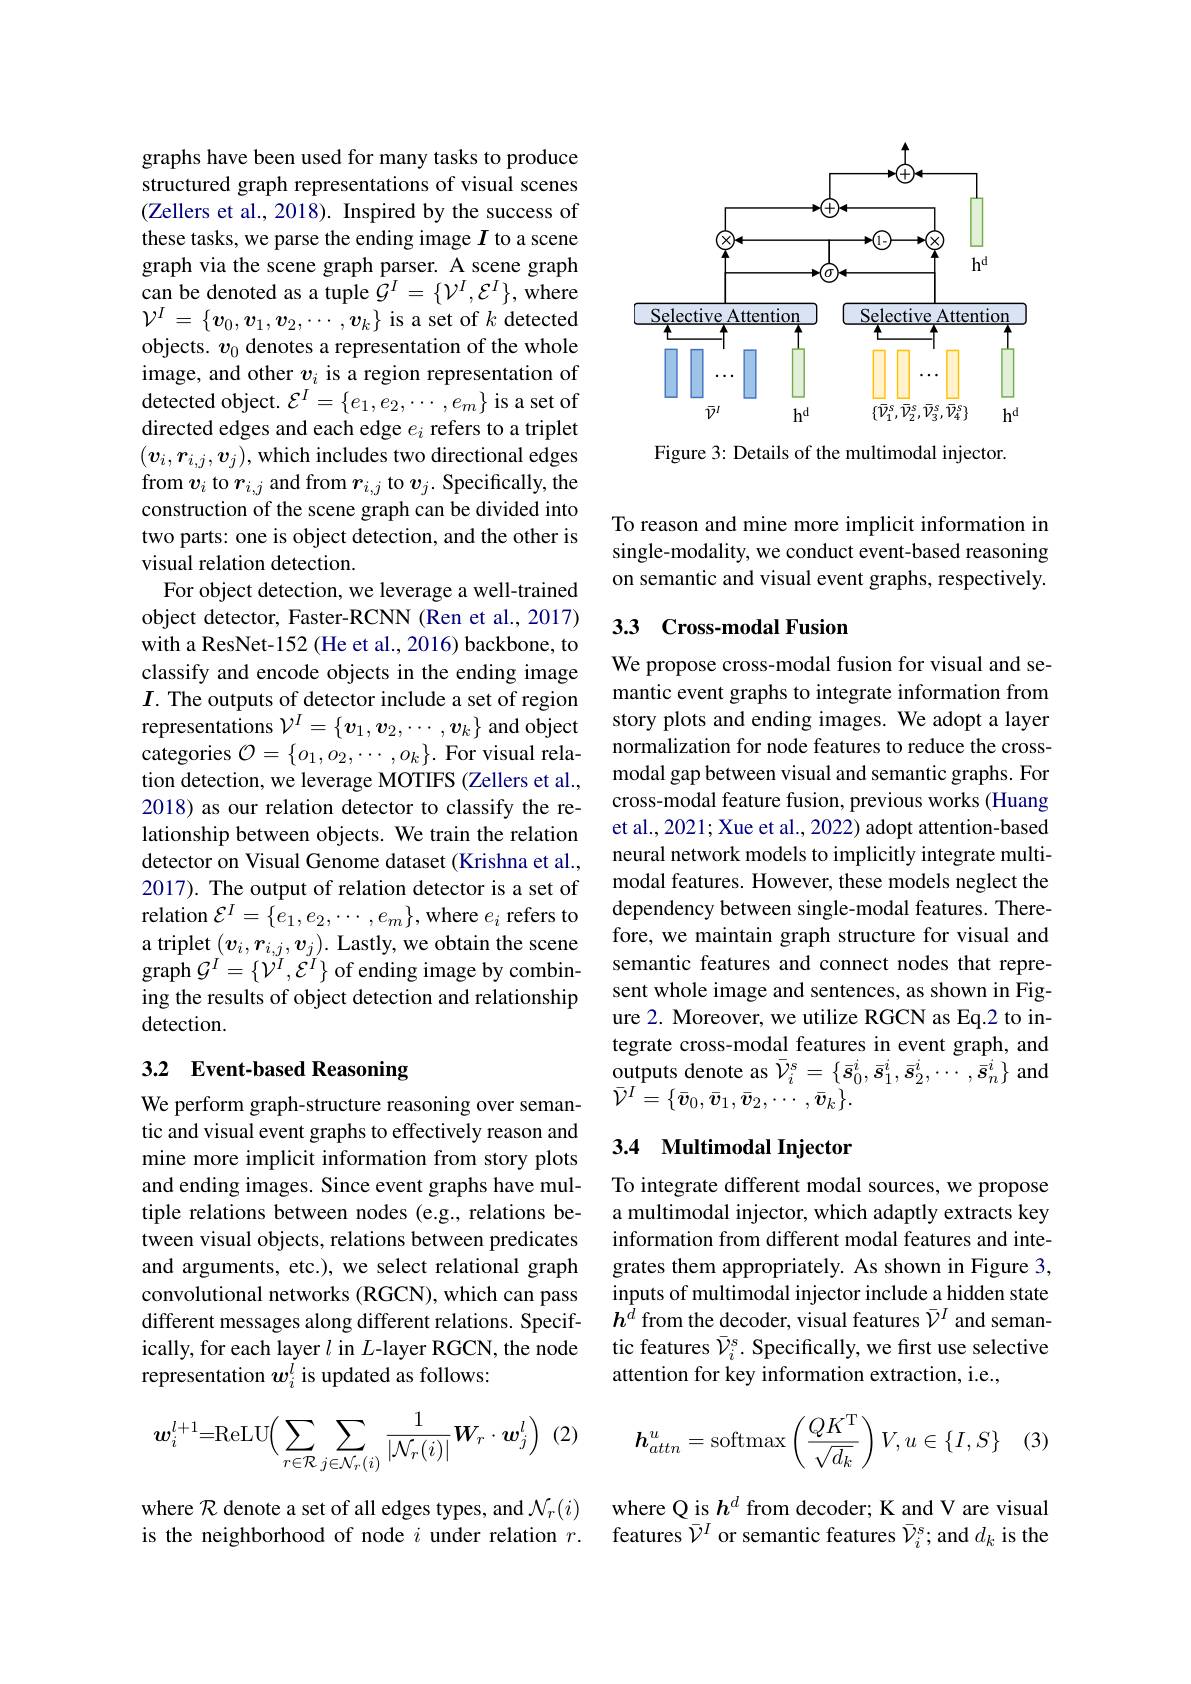
<FigureHere>

Figure 3: Details of the multimodal injector.

graphs have been used for many tasks to produce structured graph representations of visual scenes (Zellers et al., 2018). Inspired by the success of these tasks, we parse the ending image $I$ to a scene graph via the scene graph parser. A scene graph can be denoted as a tuple $\hat{\mathcal{G}}^I=\{\mathcal{V}^I,\mathcal{E}^I\}$, where $\mathcal{V}^I=\{\boldsymbol{v}_0,\boldsymbol{v}_1,\boldsymbol{v}_2,\cdots,\boldsymbol{v}_k\}$ is a set of $k$ detected objects. $v_0$ denotes a representation of the whole image, and other $v_i$ is a region representation of ${\mathrm{detected~object.~}\mathcal{E}^{I}}=\{e_{1},e_{2},\cdots,e_{m}\}{\mathrm{~is~a~set~of}}$ directed edges and each edge $e_i$ refers to a triplet $(\boldsymbol{v}_i,\boldsymbol{r}_{i,j},\boldsymbol{v}_j)$,which includes two directional edges from $v_i$ to $r_{i,j}$ and from $r_i,j$ to $v_j.$ Specifically, the construction of the scene graph can be divided into two parts: one is object detection, and the other is visual relation detection.
For object detection, we leverage a well-trained object detector, Faster-RCNN (Ren et al., 2017) with a ResNet-152 (He et al., 2016) backbone, to classify and encode objects in the ending image $I$. The outputs of detector include a set of region representations $\mathcal{V}^I=\{v_1,v_2,\cdots,v_k\}$ and object categories $\mathcal{O}=\{o_1,o_2,\cdots,o_k\}.$ For visual relation detection, we leverage MOTIFS (Zellers et al., 2018) as our relation detector to classify the relationship between objects. We train the relation detector on Visual Genome dataset (Krishna et al., 2017). The output of relation detector is a set of relation $\mathcal{E}^I=\{e_1,e_2,\cdots,e_m\}$,where $e_i$ refers to a triplet $(\boldsymbol v_i,\boldsymbol r_{i,j},\boldsymbol v_j).$ Lastly, we obtain the scene graph $\mathcal{G}^I=\{\mathcal{V}^{I},\mathcal{E}^{I}\}$ of ending image by combining the results of object detection and relationship detection.
3.2 Event-based Reasoning

We perform graph-structure reasoning over semantic and visual event graphs to effectively reason and mine more implicit information from story plots and ending images. Since event graphs have multiple relations between nodes (e.g., relations between visual objects, relations between predicates and arguments, etc.), we select relational graph convolutional networks (RGCN), which can pass different messages along different relations. Specifically, for each layer $l$ in $L$-layer RGCN, the node representation $w_i^i$ is updated as follows:
$$\boldsymbol{w}_{i}^{l+1}=\mathrm{ReLU}\Big(\sum_{r\in\mathcal{R}}\sum_{j\in\mathcal{N}_{r}(i)}\frac{1}{|\mathcal{N}_{r}(i)|}\boldsymbol{W}_{r}\cdot\boldsymbol{w}_{j}^{l}\Big)\:(2)\quad\boldsymbol{h}_{attn}^{u}=\mathrm{softmax}\left(\frac{QK^{\mathrm{T}}}{\sqrt{d_{k}}}\right)V,u\in\{I,S\}$$
where $\mathcal{R}$ denote a set of all edges types, and $\mathcal{N}_r(i)$ is the neighborhood of node $i$ under relation $r.$

To reason and mine more implicit information in single-modality, we conduct event-based reasoning on semantic and visual event graphs, respectively.

## 3.3 Cross-modal Fusion

We propose cross-modal fusion for visual and semantic event graphs to integrate information from story plots and ending images. We adopt a layer normalization for node features to reduce the crossmodal gap between visual and semantic graphs. For cross-modal feature fusion, previous works (Huang et al., 2021; Xue et al., 2022) adopt attention-based neural network models to implicitly integrate multimodal features. However, these models neglect the dependency between single-modal features. Therefore, we maintain graph structure for visual and semantic features and connect nodes that represent whole image and sentences, as shown in Figure 2. Moreover, we utilize RGCN as Eq.2 to integrate cross-modal features in event graph, and ${\mathrm{outputs~denote~as~}}\bar{\mathcal{V}}_{i}^{s}=\left\{\bar{\boldsymbol{s}}_{0}^{i},\bar{\boldsymbol{s}}_{1}^{i},\bar{\boldsymbol{s}}_{2}^{i},\cdots,\bar{\boldsymbol{s}}_{n}^{i}\right\}$and $\bar{\mathcal{V}}^{I}=\{\bar{\boldsymbol{v}}_{0},\bar{\boldsymbol{v}}_{1},\bar{\boldsymbol{v}}_{2},\cdots,\bar{\boldsymbol{v}}_{k}\}.$

## 3.4 Multimodal Injector

To integrate different modal sources, we propose a multimodal injector, which adaptly extracts key information from different modal features and integrates them appropriately. As shown in Figure 3, inputs of multimodal injector include a hidden state $h^{\hat{d}}$ from the decoder, visual features $\bar{\mathcal{V}}^I$ and semantic features $\bar{\mathcal{V}}_i^\mathrm{s}.$ Specifically, we first use selective attention for key information extraction, i.e.,

(3)

where Q is $h^d$ from decoder; K and V are visual features $\bar{\mathcal{V}}^I$ or semantic features $\bar{\mathcal{V}}_i^s;$ and $d_k$ is the